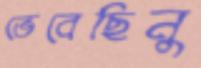
ভেবেছিনু